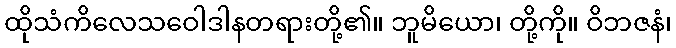
ထိုသံကိလေသဝေါဒါနတရားတို့၏။ ဘူမိယော၊ တို့ကို။ ဝိဘဇနံ၊